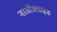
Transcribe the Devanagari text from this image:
डाऑक्साइड